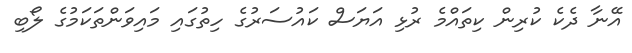
އޭނާ ދެކެ ކުރިން ކިތައްމެ ރުޅި އަޔަސް ކައުސަރުގެ ހިތުގައި މައިވަންތަކަމުގެ ލޯބި